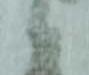
い